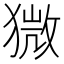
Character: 𤠦